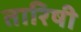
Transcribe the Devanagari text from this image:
तारिषी